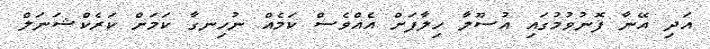
އަދި އޭނާ ފޮނުވުމުގައި އުސޫލާ ހިލާފަށް އެއްވެސް ކަމެއް ނުހިނގާ ކަމަށް ކަރެކްޝަނަލް